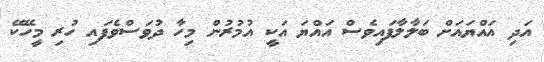
އަދި އައްޔައަށް ބަލާލާފައިވެސް އައްޔަ އަކީ އުމުރުން މިހާ ދުވަސްވެފައި ހުރި މީހޭކޭ